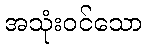
အသုံးဝင်သော